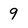
Character: 9